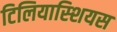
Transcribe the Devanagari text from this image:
टिलियास्शियस